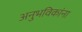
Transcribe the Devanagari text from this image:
अनुभविकांना